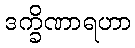
ဒက္ခိဏာရဟာ